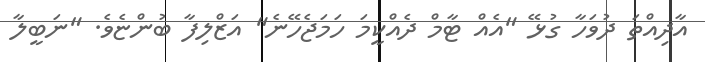
އާދިއްތަ ދުވަހާ ގުޅޭ "އެއް ޓާމް ދެއްކީމަ ހަމަޖެހޭނެ" އަޒްލިފާ ބުންޏެވެ. "ނަބީލާ